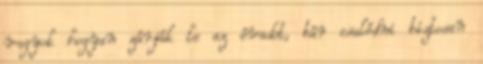
vagyok hogyan zárják le az évadot, bár csalódni biztosan